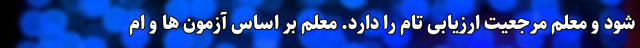
شود و معلم مرجعیت ارزیابی تام را دارد. معلم بر اساس آزمون ها و ام